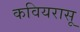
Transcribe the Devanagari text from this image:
कवियरासू